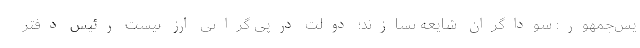
یس‌جمهور: سوداگران شایعه نسازند؛ دولت درپی گرانی ارز نیست رئیس دفتر